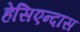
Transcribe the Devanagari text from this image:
हेसिएन्दास